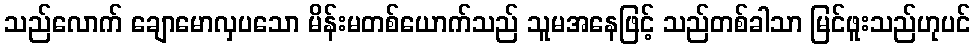
သည်လောက် ချောမောလှပသော မိန်းမတစ်ယောက်သည် သူမအနေဖြင့် သည်တစ်ခါသာ မြင်ဖူးသည်ဟုပင်